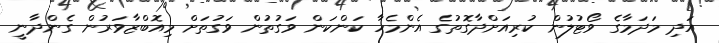
އަދި މަދަމާގެ ވޯޓުލުން ކުރިއަށްދާގޮތުގެ އެންމެހާ ކަންކަން ވަގުތުން ވަގުތަށް މިއޮބްޒާވަރުން ގެންދާނީ